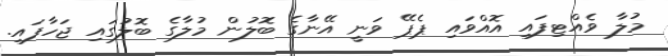
މުލާ ވެއްޓިފައި އޮއްވައި ޕެޕޭ ވަނީ އޭނާގެ ބޮލުން މުލާގެ ބޮލުގައި ޖަހާފައި.